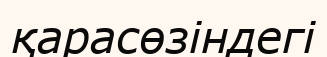
қарасөзіндегі